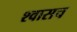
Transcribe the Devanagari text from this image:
श्वासच